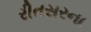
રીતસરના